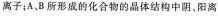
离子，AB形成的化合物的晶体结构中阴、阳离